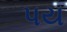
પય